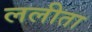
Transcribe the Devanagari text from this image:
ललीता